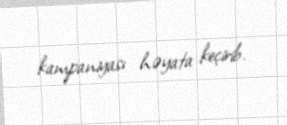
kampaniyası həyata keçirib.